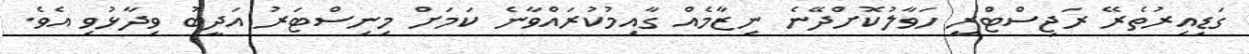
ގަޑިއިރުތެރޭ ރަޖިސްޓްރީ ހަވާލުކޮށްދޭނެ ނިޒާމެއް ގާއިމުކުރައްވާނެ ކަމަށް މިނިސްޓަރު އަދީބު ވިދާޅުވި އެވެ.